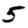
Digit: 5